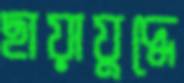
ছায়াযুদ্ধে